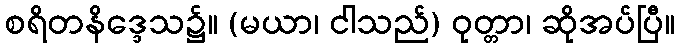
စရိတနိဒ္ဒေသ၌။ (မယာ၊ ငါသည်) ဝုတ္တာ၊ ဆိုအပ်ပြီ။